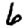
Digit: 6